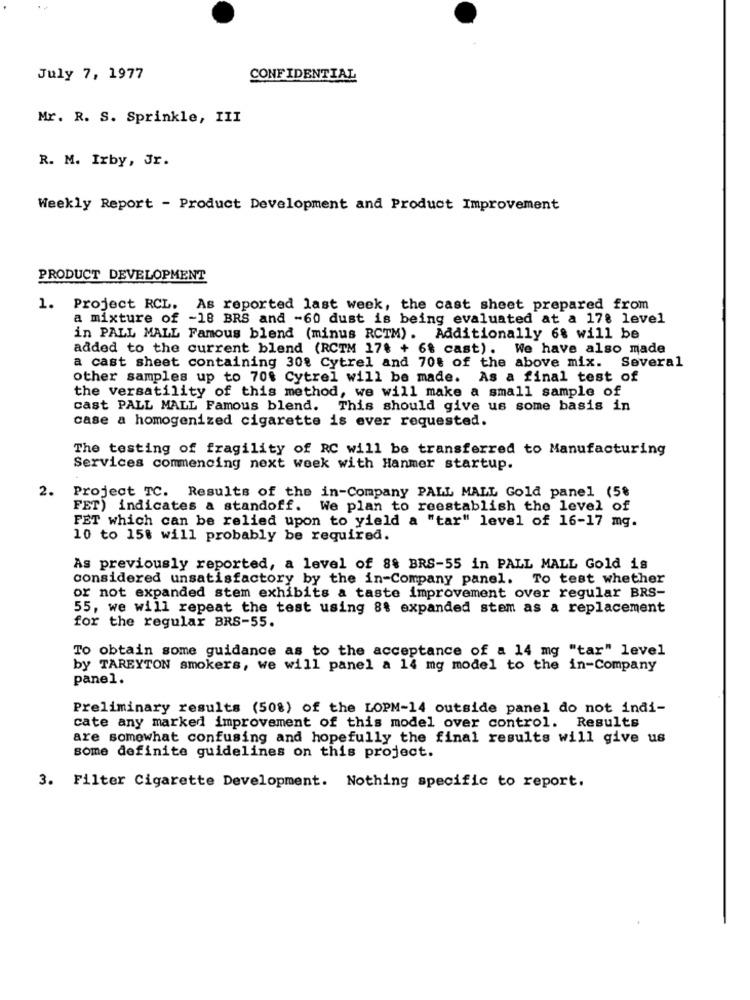
July 7, 1977
CONFIDENTIAL
Mr. R. S. Sprinkle, III
R. M. Irby, Jr.
Weekly Report - Product Development and Product Improvement
PRODUCT DEVELOPMENT
1. Project RCL. As reported last week, the cast sheet prepared from
a mixture of -18 BRS and -60 dust is being evaluated at a 178 level
in PALL MALL Famous blend (minus RCTM). Additionally 6% will be
added to the current blend (RCTM 17% + 6% cast). We have also made
a cast sheet containing 30% Cytrel and 70% of the above mix. Several
other samples up to 70$ Cytrel will be made. As a final test of
the versatility of this method, we will make a small sample of
cast PALL MALL Famous blend. This should give us some basis in
case a homogenized cigarette is ever requested.
The testing of fragility of RC will be transferred to Manufacturing
Services commencing next week with Hanmer startup.
2.
Project TC. Results of the in-Company PALL MALL Gold panel (5%
FET) indicates a standoff. We plan to reestablish the level of
FET which can be relied upon to yield a "tar" level of 16-17 mg.
10 to 158 will probably be required.
As previously reported, a level of 8% BRS-55 in PALL MALL Gold is
considered unsatisfactory by the in-Company panel. To test whether
or not expanded stem exhibits a taste improvement over regular BRS-
55, we will repeat the test using 8% expanded stem as a replacement
for the regular BRS-55.
To obtain some guidance as to the acceptance of a 14 mg "tar" level
by TAREYTON smokers, we will panel a 14 mg model to the in-Company
panel.
Preliminary results (508) of the LOPM-14 outside panel do not indi-
cate any marked improvement of this model over control. Results
are somewhat confusing and hopefully the final results will give us
some definite guidelines on this project.
3. Filter Cigarette Development. Nothing specific to report.